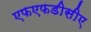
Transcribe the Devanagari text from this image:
एफएफडीसीए